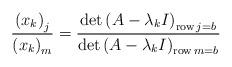
LaTeX: \begin{align*}\frac{\left( x_{k}\right) _{j}}{\left( x_{k}\right) _{m}}=\frac{\det\left( A-\lambda_{k}I\right) _{\operatorname{row}j=b}}{\det\left(A-\lambda_{k}I\right) _{\operatorname{row}m=b}}\end{align*}